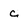
Character: c